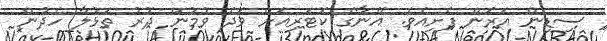
ސިޑިން އަރަން ފެށިއެވެ. އޭނާގެ ކޮޓަރިއަށް ވަދެ ވުމުން ދޮރު ތަޅުލާ ހެދުން